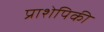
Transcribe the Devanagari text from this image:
प्राशेपिकी